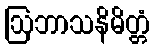
ဩဘာသနိမိတ္တံ